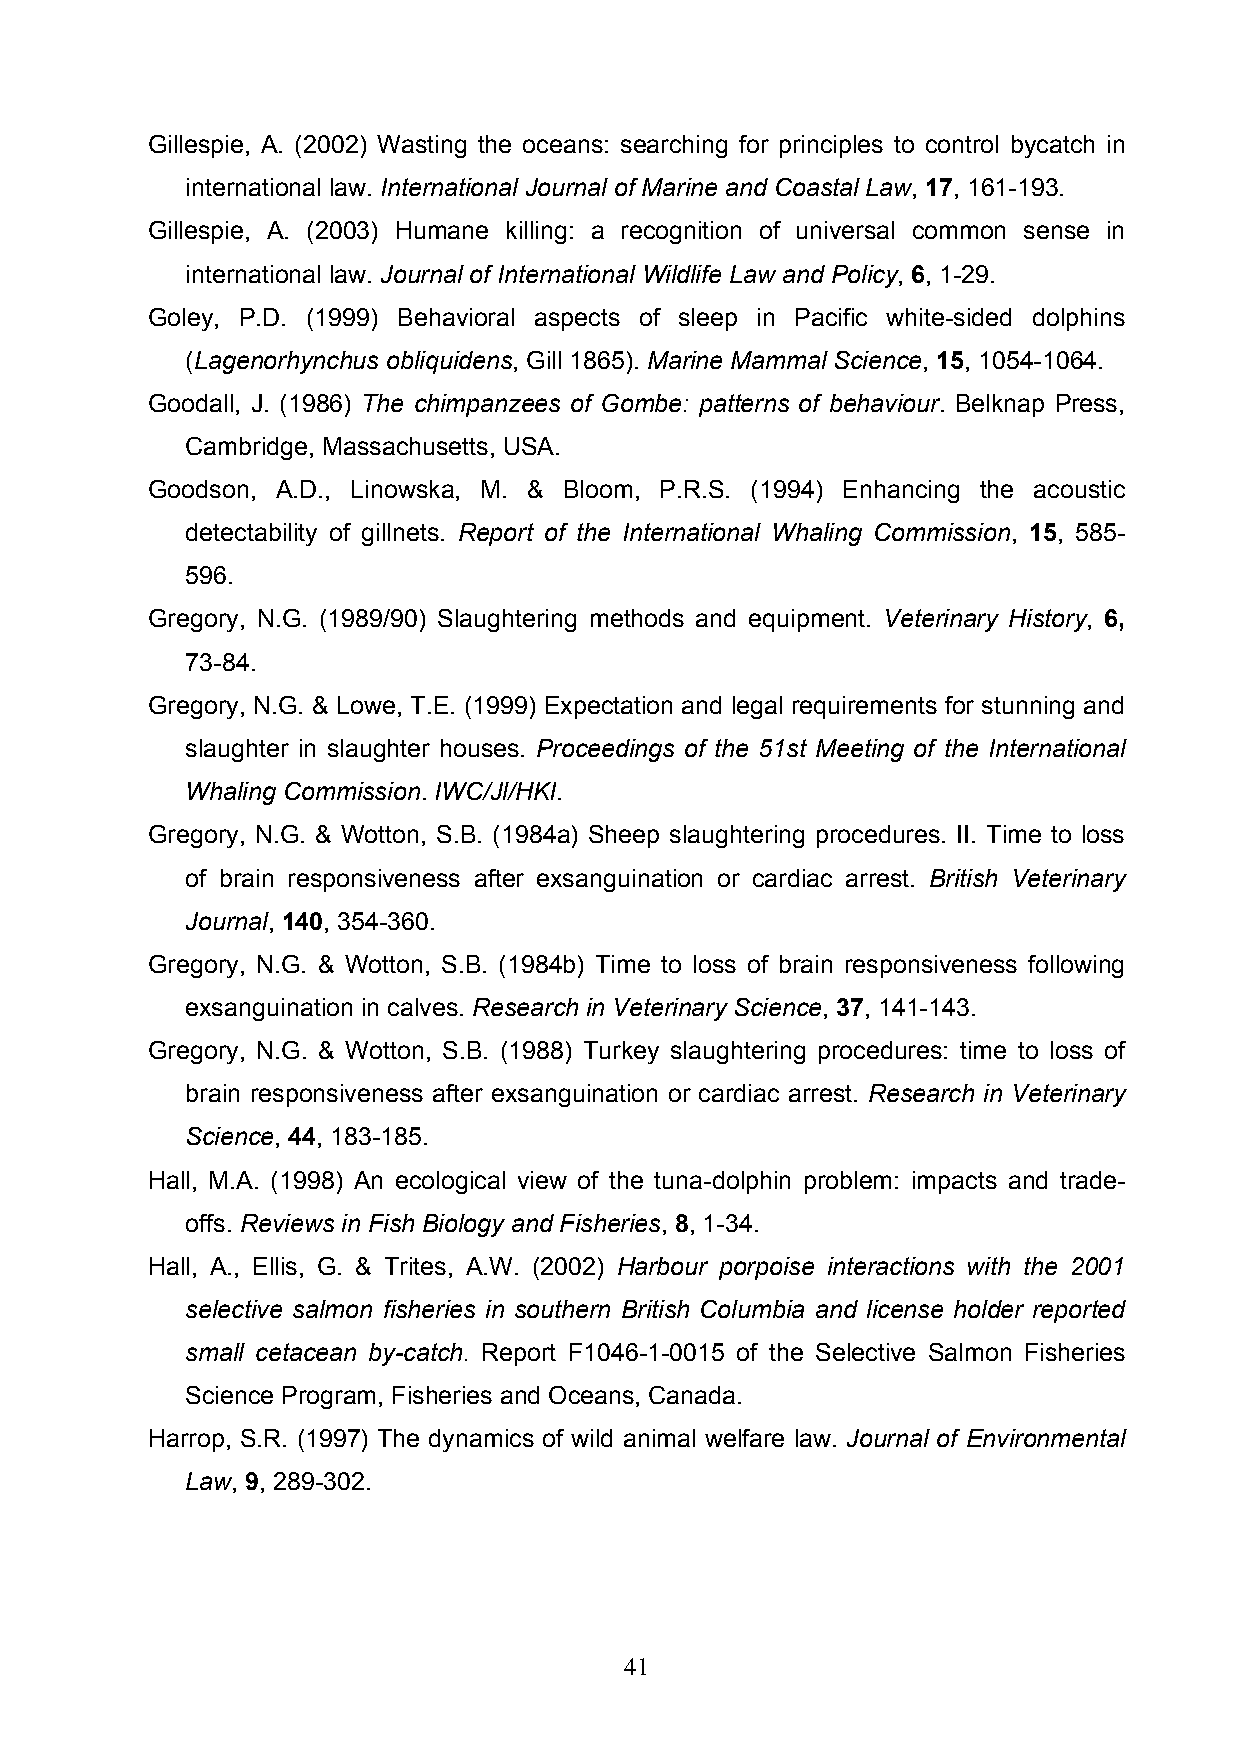
Gillespie, A. (2002) Wasting the oceans: searching for principles to control bycatch in
 international law. International Journal of Marine and Coastal Law, 17, 161-193.
 Gillespie, A. (2003) Humane killing: a recognition of universal common sense in
 international law. Journal of International Wildlife Law and Policy, 6, 1-29.
 Goley, P.D. (1999) Behavioral aspects of sleep in Pacific white-sided dolphins
 (Lagenorhynchus obliquidens, Gill 1865). Marine Mammal Science, 15, 1054-1064.
 Goodall, J. (1986) The chimpanzees of Gombe: patterns of behaviour. Belknap Press,
 Cambridge, Massachusetts, USA.
 Goodson, A.D., Linowska, M. & Bloom, P.R.S. (1994) Enhancing the acoustic
 detectability of gillnets. Report of the International Whaling Commission, 15, 585-
 596.
 Gregory, N.G. (1989/90) Slaughtering methods and equipment. Veterinary History, 6,
 73-84.
 Gregory, N.G. & Lowe, T.E. (1999) Expectation and legal requirements for stunning and
 slaughter in slaughter houses. Proceedings of the 51st Meeting of the International
 Whaling Commission. IWC/Jl/HKI.
 Gregory, N.G. & Wotton, S.B. (1984a) Sheep slaughtering procedures. II. Time to loss
 of brain responsiveness after exsanguination or cardiac arrest. British Veterinary
 Journal, 140, 354-360.
 Gregory, N.G. & Wotton, S.B. (1984b) Time to loss of brain responsiveness following
 exsanguination in calves. Research in Veterinary Science, 37, 141-143.
 Gregory, N.G. & Wotton, S.B. (1988) Turkey slaughtering procedures: time to loss of
 brain responsiveness after exsanguination or cardiac arrest. Research in Veterinary
 Science, 44, 183-185.
 Hall, M.A. (1998) An ecological view of the tuna-dolphin problem: impacts and trade-
 offs. Reviews in Fish Biology and Fisheries, 8, 1-34.
 Hall, A., Ellis, G. & Trites, A.W. (2002) Harbour porpoise interactions with the 2001
 selective salmon fisheries in southern British Columbia and license holder reported
 small cetacean by-catch. Report F1046-1-0015 of the Selective Salmon Fisheries
 Science Program, Fisheries and Oceans, Canada.
 Harrop, S.R. (1997) The dynamics of wild animal welfare law. Journal of Environmental
 Law, 9, 289-302.
 41